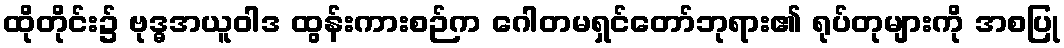
ထိုတိုင်း၌ ဗုဒ္ဓအယူဝါဒ ထွန်းကားစဉ်က ဂေါတမရှင်တော်ဘုရား၏ ရုပ်တုများကို အစပြု